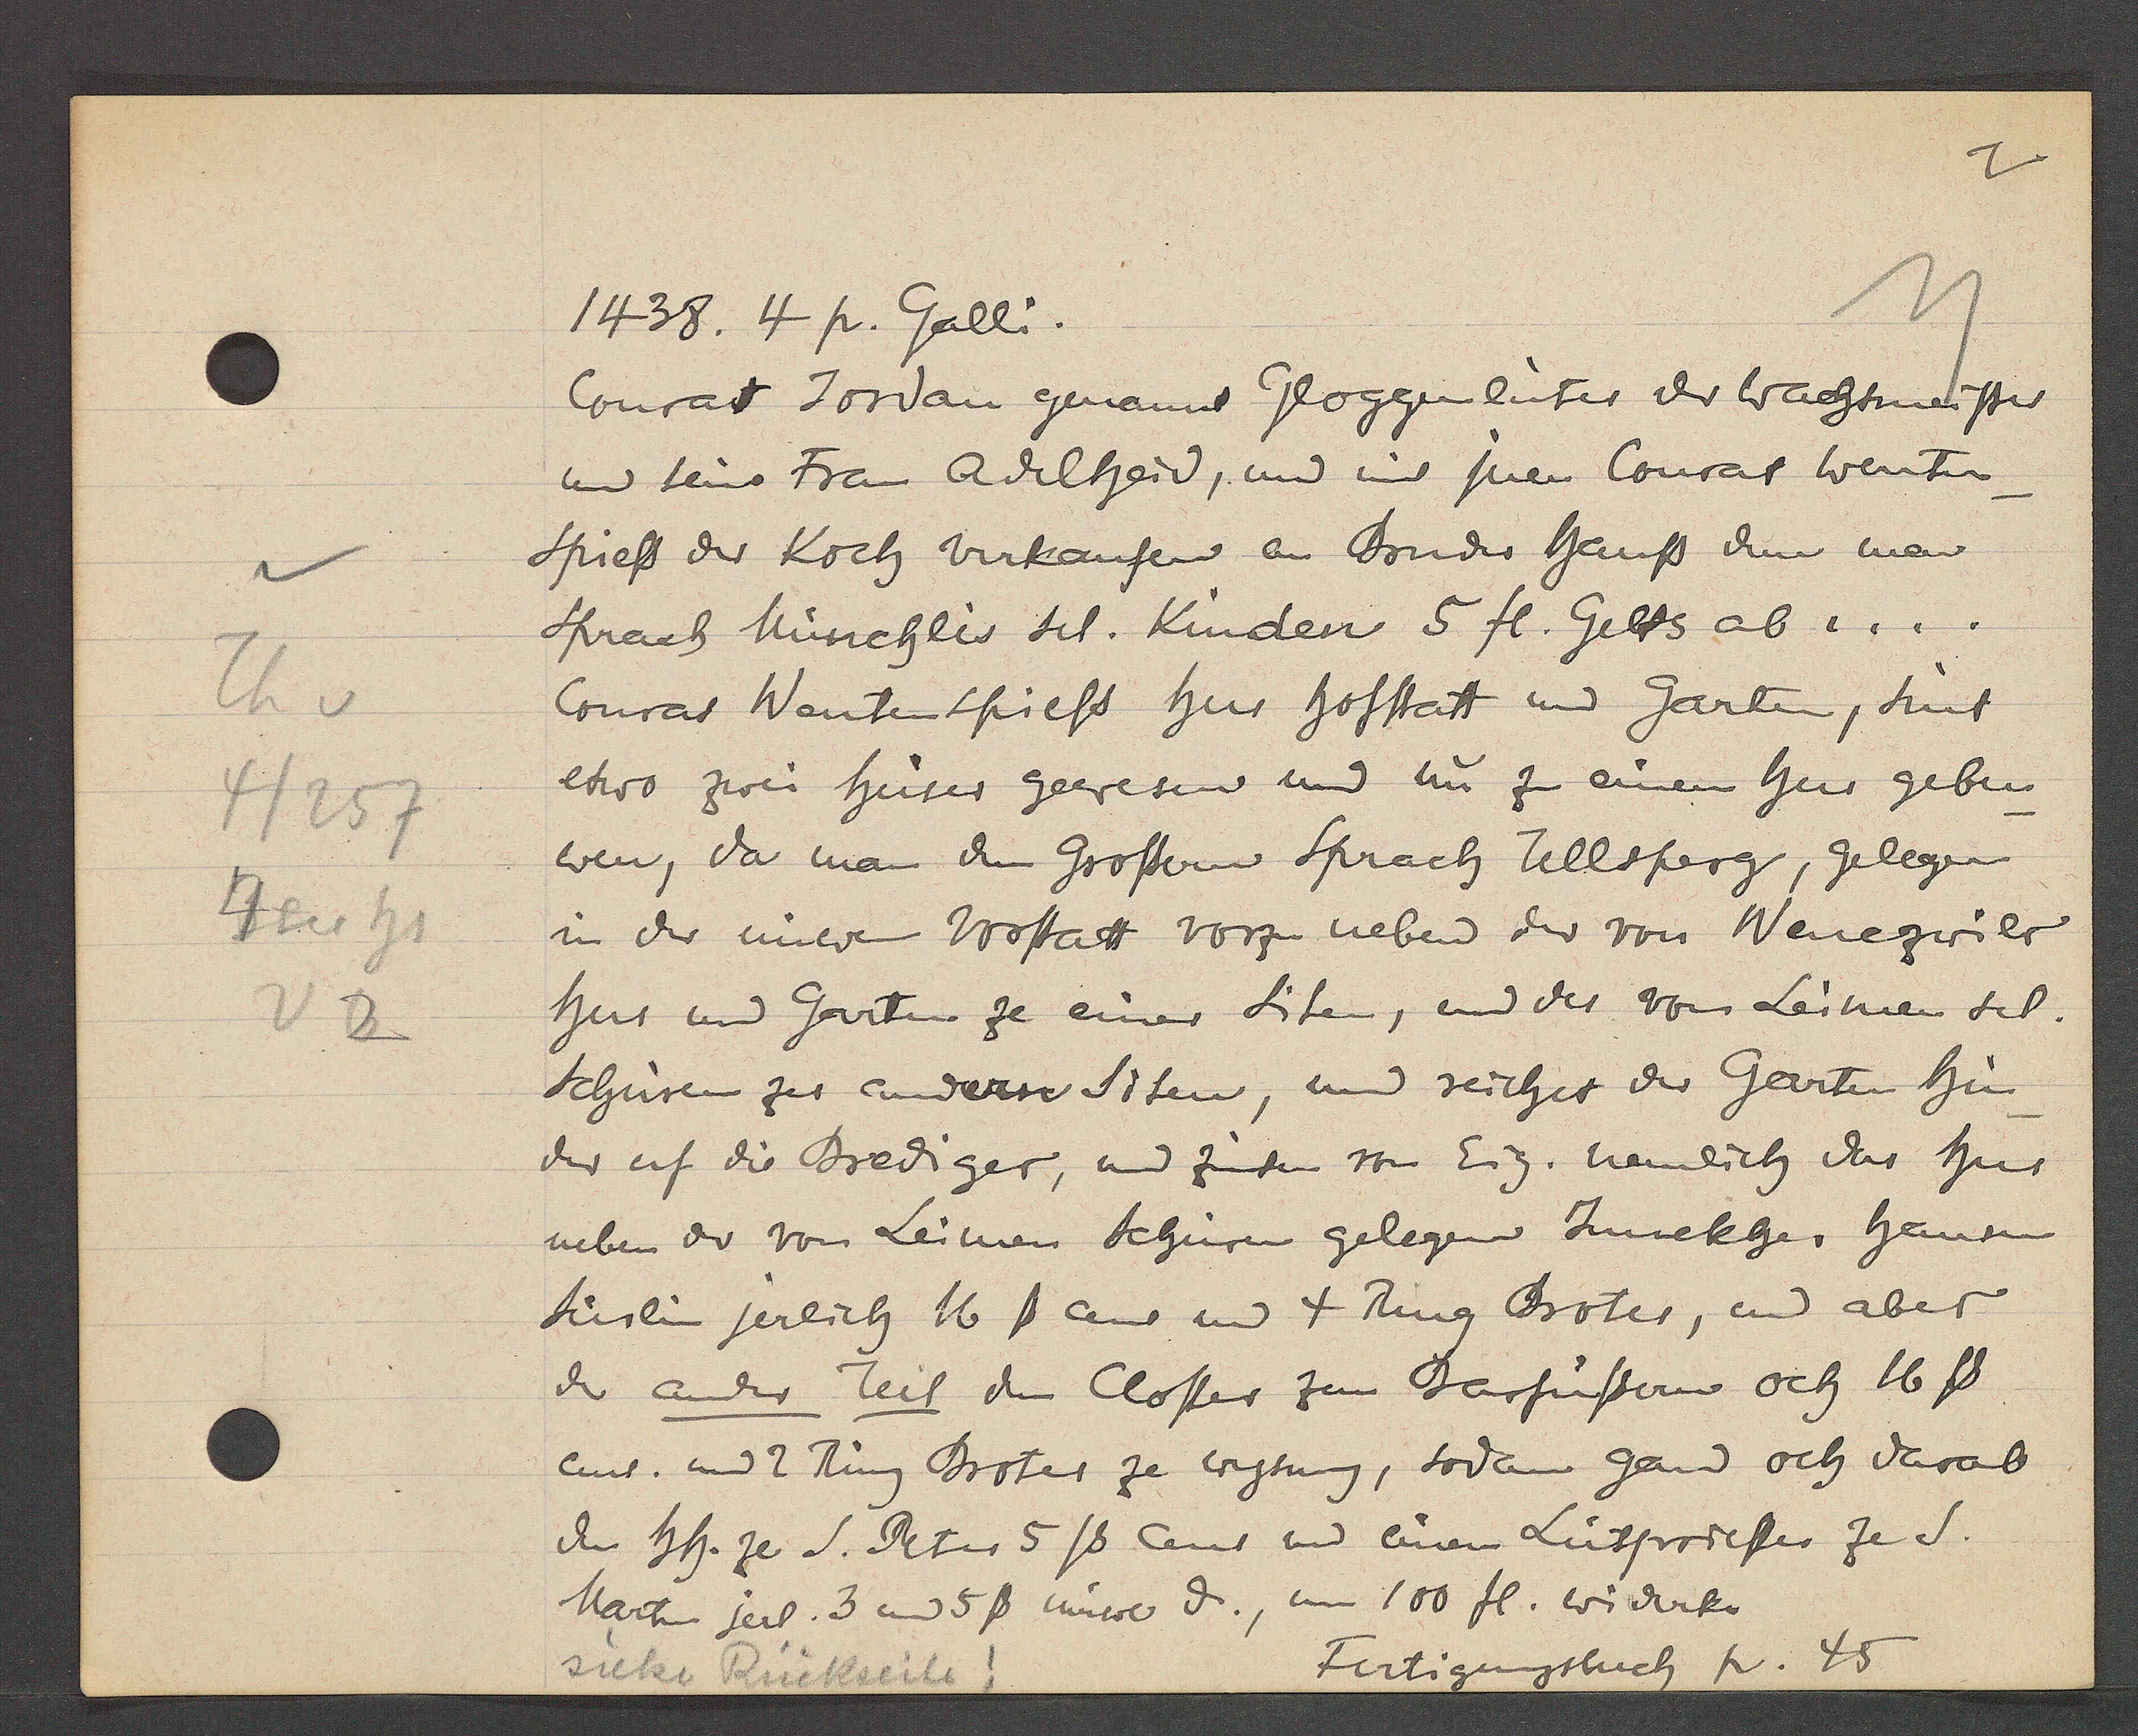
Transcript:
Th v
4/257
4tes hs
v 2

1438 p. Galli.

Fertigungsbuch p. 45

Conrat Jordan genannt Gloggenlüter der Wachtmeister
und seine Frau Adelheid, und mit inen Conrat Wenten¬
spiess der Koch verkaufen an Bruder Hanß dem man
Sprach Münchlis sel. Kinder 5 fl. Gelts ab ....
Conrat Wantenspiess hus hofstatt und Garten, sint
etwo zwei huser gewesen und nu zu einem hus gebu¬
wen, da man dem Grosbauw sprach Tellsperg, gelegen
in der nuwen Vorstadt vorzu neben der von Wenezwilr
Hus und Garten ze einer Siten, und des von Leimen sel.
Schüren zer anderen Siten, und reichet der Gerten hin
der uf die Brediger, und zinsen von Eig. nemlich das hus
Martin jerl. 3 und 5ß nuwer ȡ., um 100 fl. widerk.
den hh. ze S. Peter 5 ß cens und einen Lütpriesten ze S.
uns. und 2 Ring Broter ze wysung, sodan gand och vorab
de ander Teil den Closter zum Barfüssern och 16ß
Sürlin jerlich 16ß ans und 4 Ring Brotes, und aber
neben der von Leimen Schuren gelegen Junckher Hansen

siehe Rückseite!